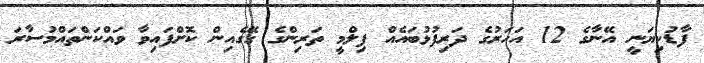
ފާޑުކިޔަނީ އޭނާގެ 12 އަހަރުގެ ދަރިފުޅުބައެއް ފިލްމީ ތަރިންގެ ގޭގެއިން ކޮށްފައިވާ ވައްކަންތައްމުސާރަ